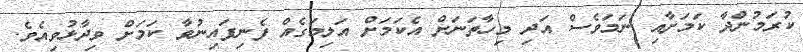
ކުރަމުންދާ ކަމަށާއި ނަމަވެސް އަދި މިހާތަނަށް އެކަމަށް އަލިމަގެއް ފެނިފައިނުވާ ކަމަށް ވިދާޅުވިއެވެ.